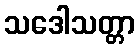
သဒေါသတ္တာ